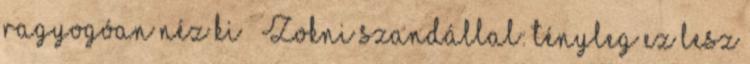
ragyogóan néz ki » Zokni szandállal: tényleg ez lesz